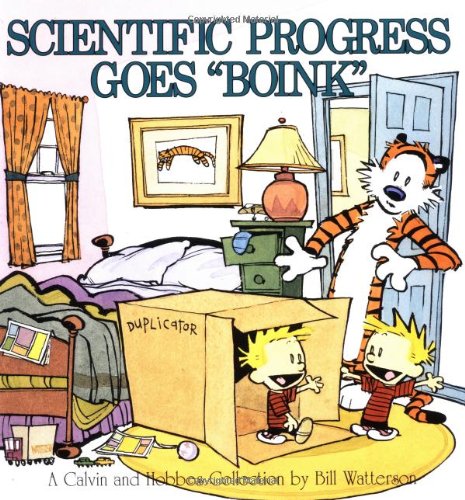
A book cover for Scientific Progress Goes 'Boink':  A Calvin and Hobbes Collection; Bill Watterson; Comics & Graphic Novels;